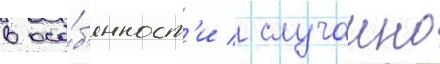
в осо́б'енност'и / случаино